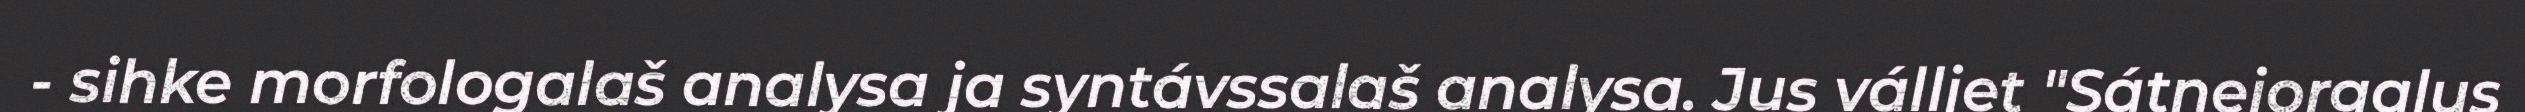
- sihke morfologalaš analysa ja syntávssalaš analysa. Jus válljet "Sátnejorgalus